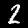
Digit: 2